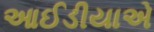
આઈડીયાએ